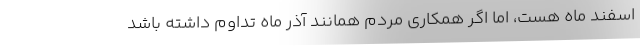
اسفند ماه هست، اما اگر همکاری مردم همانند آذر ماه تداوم داشته باشد